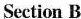
Section B